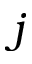
j